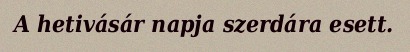
A hetivásár napja szerdára esett.